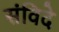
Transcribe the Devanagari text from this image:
संविदे